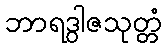
ဘာရဒွါဇသုတ္တံ